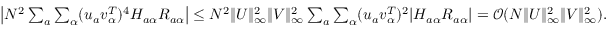
\begin{array} { r } { \left| N ^ { 2 } \sum _ { a } \sum _ { \alpha } ( { \boldsymbol u } _ { a } { \boldsymbol v } _ { \alpha } ^ { T } ) ^ { 4 } H _ { a \alpha } R _ { a \alpha } \right| \leq N ^ { 2 } \| { \boldsymbol U } \| _ { \infty } ^ { 2 } \| { \boldsymbol V } \| _ { \infty } ^ { 2 } \sum _ { a } \sum _ { \alpha } ( { \boldsymbol u } _ { a } { \boldsymbol v } _ { \alpha } ^ { T } ) ^ { 2 } | H _ { a \alpha } R _ { a \alpha } | = { \mathcal O } ( N \| { \boldsymbol U } \| _ { \infty } ^ { 2 } \| { \boldsymbol V } \| _ { \infty } ^ { 2 } ) . } \end{array}